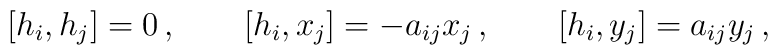
\left[h_i,h_j\right]=0\, ,\qquad\left[h_i, x_j\right]= -a_{ij} x_j\, ,\qquad\left[h_i, y_j\right]= a_{ij} y_j\, ,